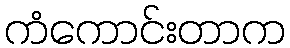
ကံကောင်းတာက